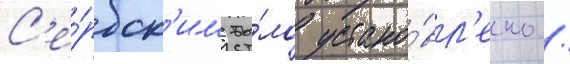
С'е́рбск'им бы́ло устано́вл'ено /